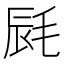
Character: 𣭽